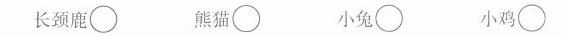
长颈鹿\bigcirc 熊猫\bigcirc 小兔\bigcirc 小鸡\bigcirc